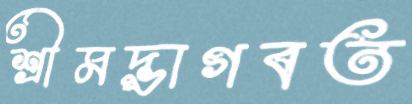
শ্রীমদ্ভাগবত